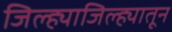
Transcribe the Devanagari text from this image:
जिल्ह्याजिल्ह्यातून